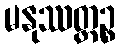
မနုဿတ္တဉ္စ